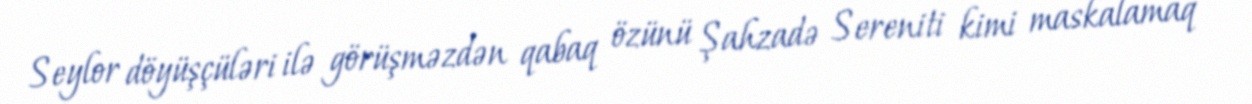
Seylor döyüşçüləri ilə görüşməzdən qabaq özünü Şahzadə Sereniti kimi maskalamaq